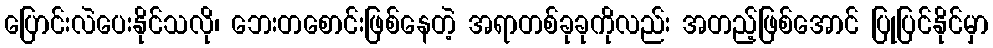
ပြောင်းလဲပေးနိုင်သလို၊ ဘေးတစောင်းဖြစ်နေတဲ့ အရာတစ်ခုခုကိုလည်း အတည့်ဖြစ်အောင် ပြုပြင်နိုင်မှာ